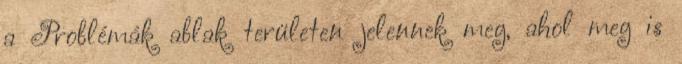
a Problémák ablak területen jelennek meg, ahol meg is